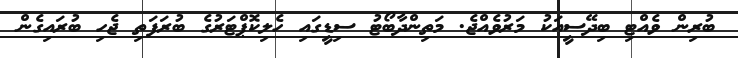
ބުރިން ވެއްޓި ބިދޭސީއަކު މަރުވެއްޖެ. މަތިންދާބޯޓު ސިޑީގައި ހެލިކޮޕްޓަރުގެ ބުރަފަތި ޖެހި ބުރައިގެން